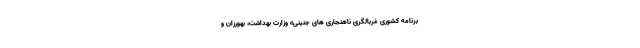
برنامه کشوری غربالگری ناهنجاری های جنینی» وزارت بهداشت، بهورزان و